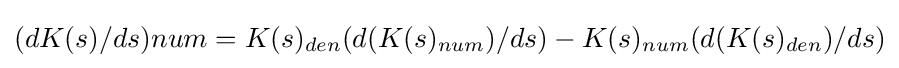
(dK(s)/ds)num=K(s)_{den}(d(K(s)_{num})/ds)-K(s)_{num}(d(K(s)_{den})/ds)